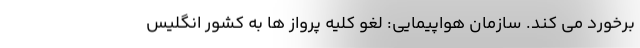
برخورد می کند. سازمان هواپیمایی: لغو کلیه پرواز ها به کشور انگلیس